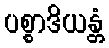
ပစ္စာဒိယန္တံ